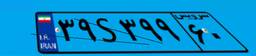
۳۹S۳۹۹۶۰